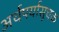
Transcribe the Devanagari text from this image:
अर्थपर्यासूचक